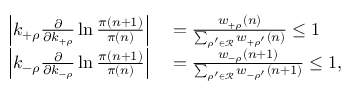
\begin{array} { r l } { \left| k _ { + \rho } \frac { \partial } { \partial k _ { + \rho } } \ln \frac { \pi ( n + 1 ) } { \pi ( n ) } \right| } & { { } = \frac { w _ { + \rho } ( n ) } { \sum _ { \rho ^ { \prime } \in \mathcal { R } } w _ { + \rho ^ { \prime } } ( n ) } \le 1 } \\ { \left| k _ { - \rho } \frac { \partial } { \partial k _ { - \rho } } \ln \frac { \pi ( n + 1 ) } { \pi ( n ) } \right| } & { { } = \frac { w _ { - \rho } ( n + 1 ) } { \sum _ { \rho ^ { \prime } \in \mathcal { R } } w _ { - \rho ^ { \prime } } ( n + 1 ) } \le 1 , } \end{array}